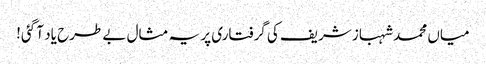
میاں محمد شہباز شریف کی گرفتاری پر یہ مثال بے طرح یاد آ گئی!